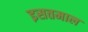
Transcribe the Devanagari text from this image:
इसतमाल